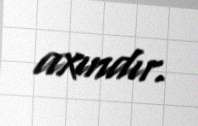
axındır.